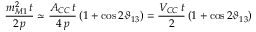
\frac { m _ { M 1 } ^ { 2 } \, t } { 2 \, p } \simeq \frac { A _ { C C } \, t } { 4 \, p } \left( 1 + \cos 2 \vartheta _ { 1 3 } \right) = \frac { V _ { C C } \, t } { 2 } \left( 1 + \cos 2 \vartheta _ { 1 3 } \right)